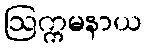
ဩက္ကမနာယ